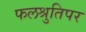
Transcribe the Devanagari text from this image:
फलश्रुतिपर